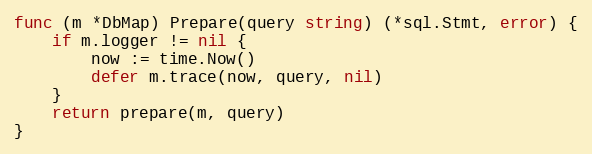
Language: Go
func (m *DbMap) Prepare(query string) (*sql.Stmt, error) {
	if m.logger != nil {
		now := time.Now()
		defer m.trace(now, query, nil)
	}
	return prepare(m, query)
}